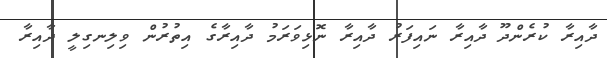
ދާއިރާ ކުރެންދޫ ދާއިރާ ނައިފަރު ދާއިރާ ނޮޅިވަރަމު ދާއިރާގެ އިތުރުން ވިލިނގިލީ ދާއިރާ